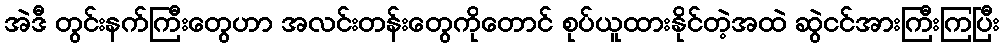
အဲဒီ တွင်းနက်ကြီးတွေဟာ အလင်းတန်းတွေကိုတောင် စုပ်ယူထားနိုင်တဲ့အထဲ ဆွဲငင်အားကြီးကြပြီး